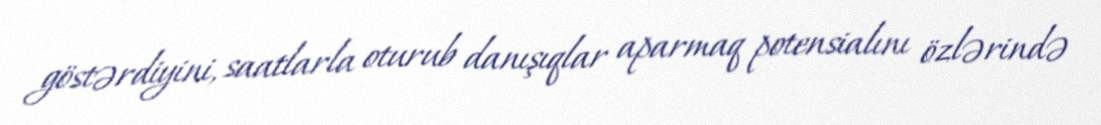
göstərdiyini, saatlarla oturub danışıqlar aparmaq potensialını özlərində